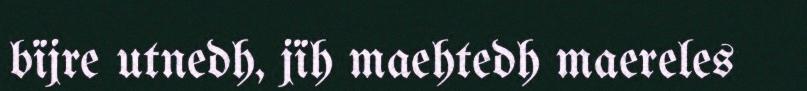
bïjre utnedh, jïh maehtedh maereles